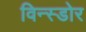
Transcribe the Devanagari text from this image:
विन्स्डोर